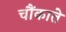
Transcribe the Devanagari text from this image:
चौंकाते